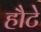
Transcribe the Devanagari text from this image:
हौटे